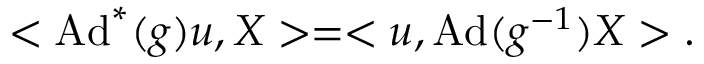
< \mathrm { A d } ^ { * } ( g ) u , X > = < u , \mathrm { A d } ( g ^ { - 1 } ) X > .